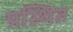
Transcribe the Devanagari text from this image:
प्रस्थित